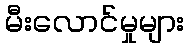
မီးလောင်မှုများ